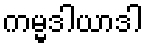
ကမ္မဒါယာဒါ